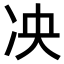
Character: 𫥅